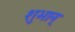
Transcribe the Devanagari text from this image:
शुभान्